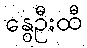
နွေဦးထီ